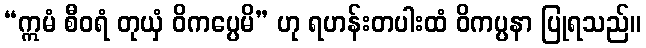
“ဣမံ စီဝရံ တုယှံ ဝိကပ္ပေမိ” ဟု ရဟန်းတပါးထံ ဝိကပ္ပနာ ပြုရသည်။